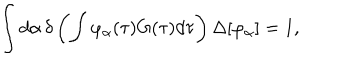
\int d \alpha \, \delta \left( \int \varphi _ { \alpha } ( \tau ) G ( \tau ) d \tau \right) \Delta [ \varphi _ { \alpha } ] = 1 ,